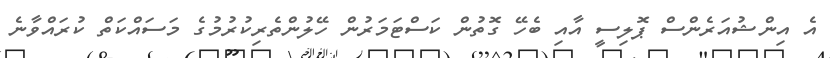
އެ އިންޝުއަރެންސް ޕޮލިސީ އާއި ބެހޭ ގޮތުން ކަސްޓަމަރުން ހޭލުންތެރިކުރުމުގެ މަސައްކަތް ކުރައްވާނެ